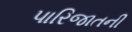
પારિજાતની